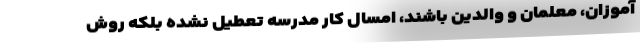
آموزان، معلمان و والدین باشند، امسال کار مدرسه تعطیل نشده بلکه روش